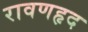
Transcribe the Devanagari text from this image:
रावणहृद